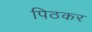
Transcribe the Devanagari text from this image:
पिठकर